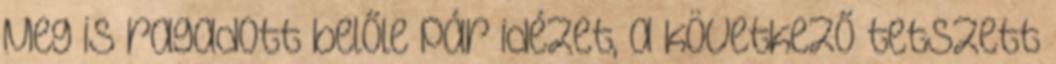
Meg is ragadott belőle pár idézet, a következő tetszett